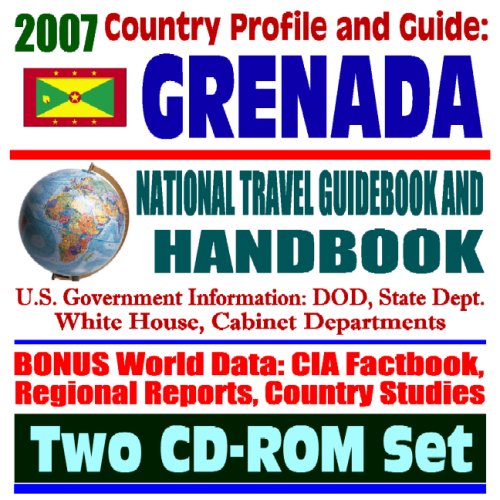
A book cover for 2007 Country Profile and Guide to Grenada - National Travel Guidebook and Handbook -Operation Urgent Fury 1983, Caribbean Basin Initiative, Volcano (Two CD-ROM Set); U.S. Government; Travel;